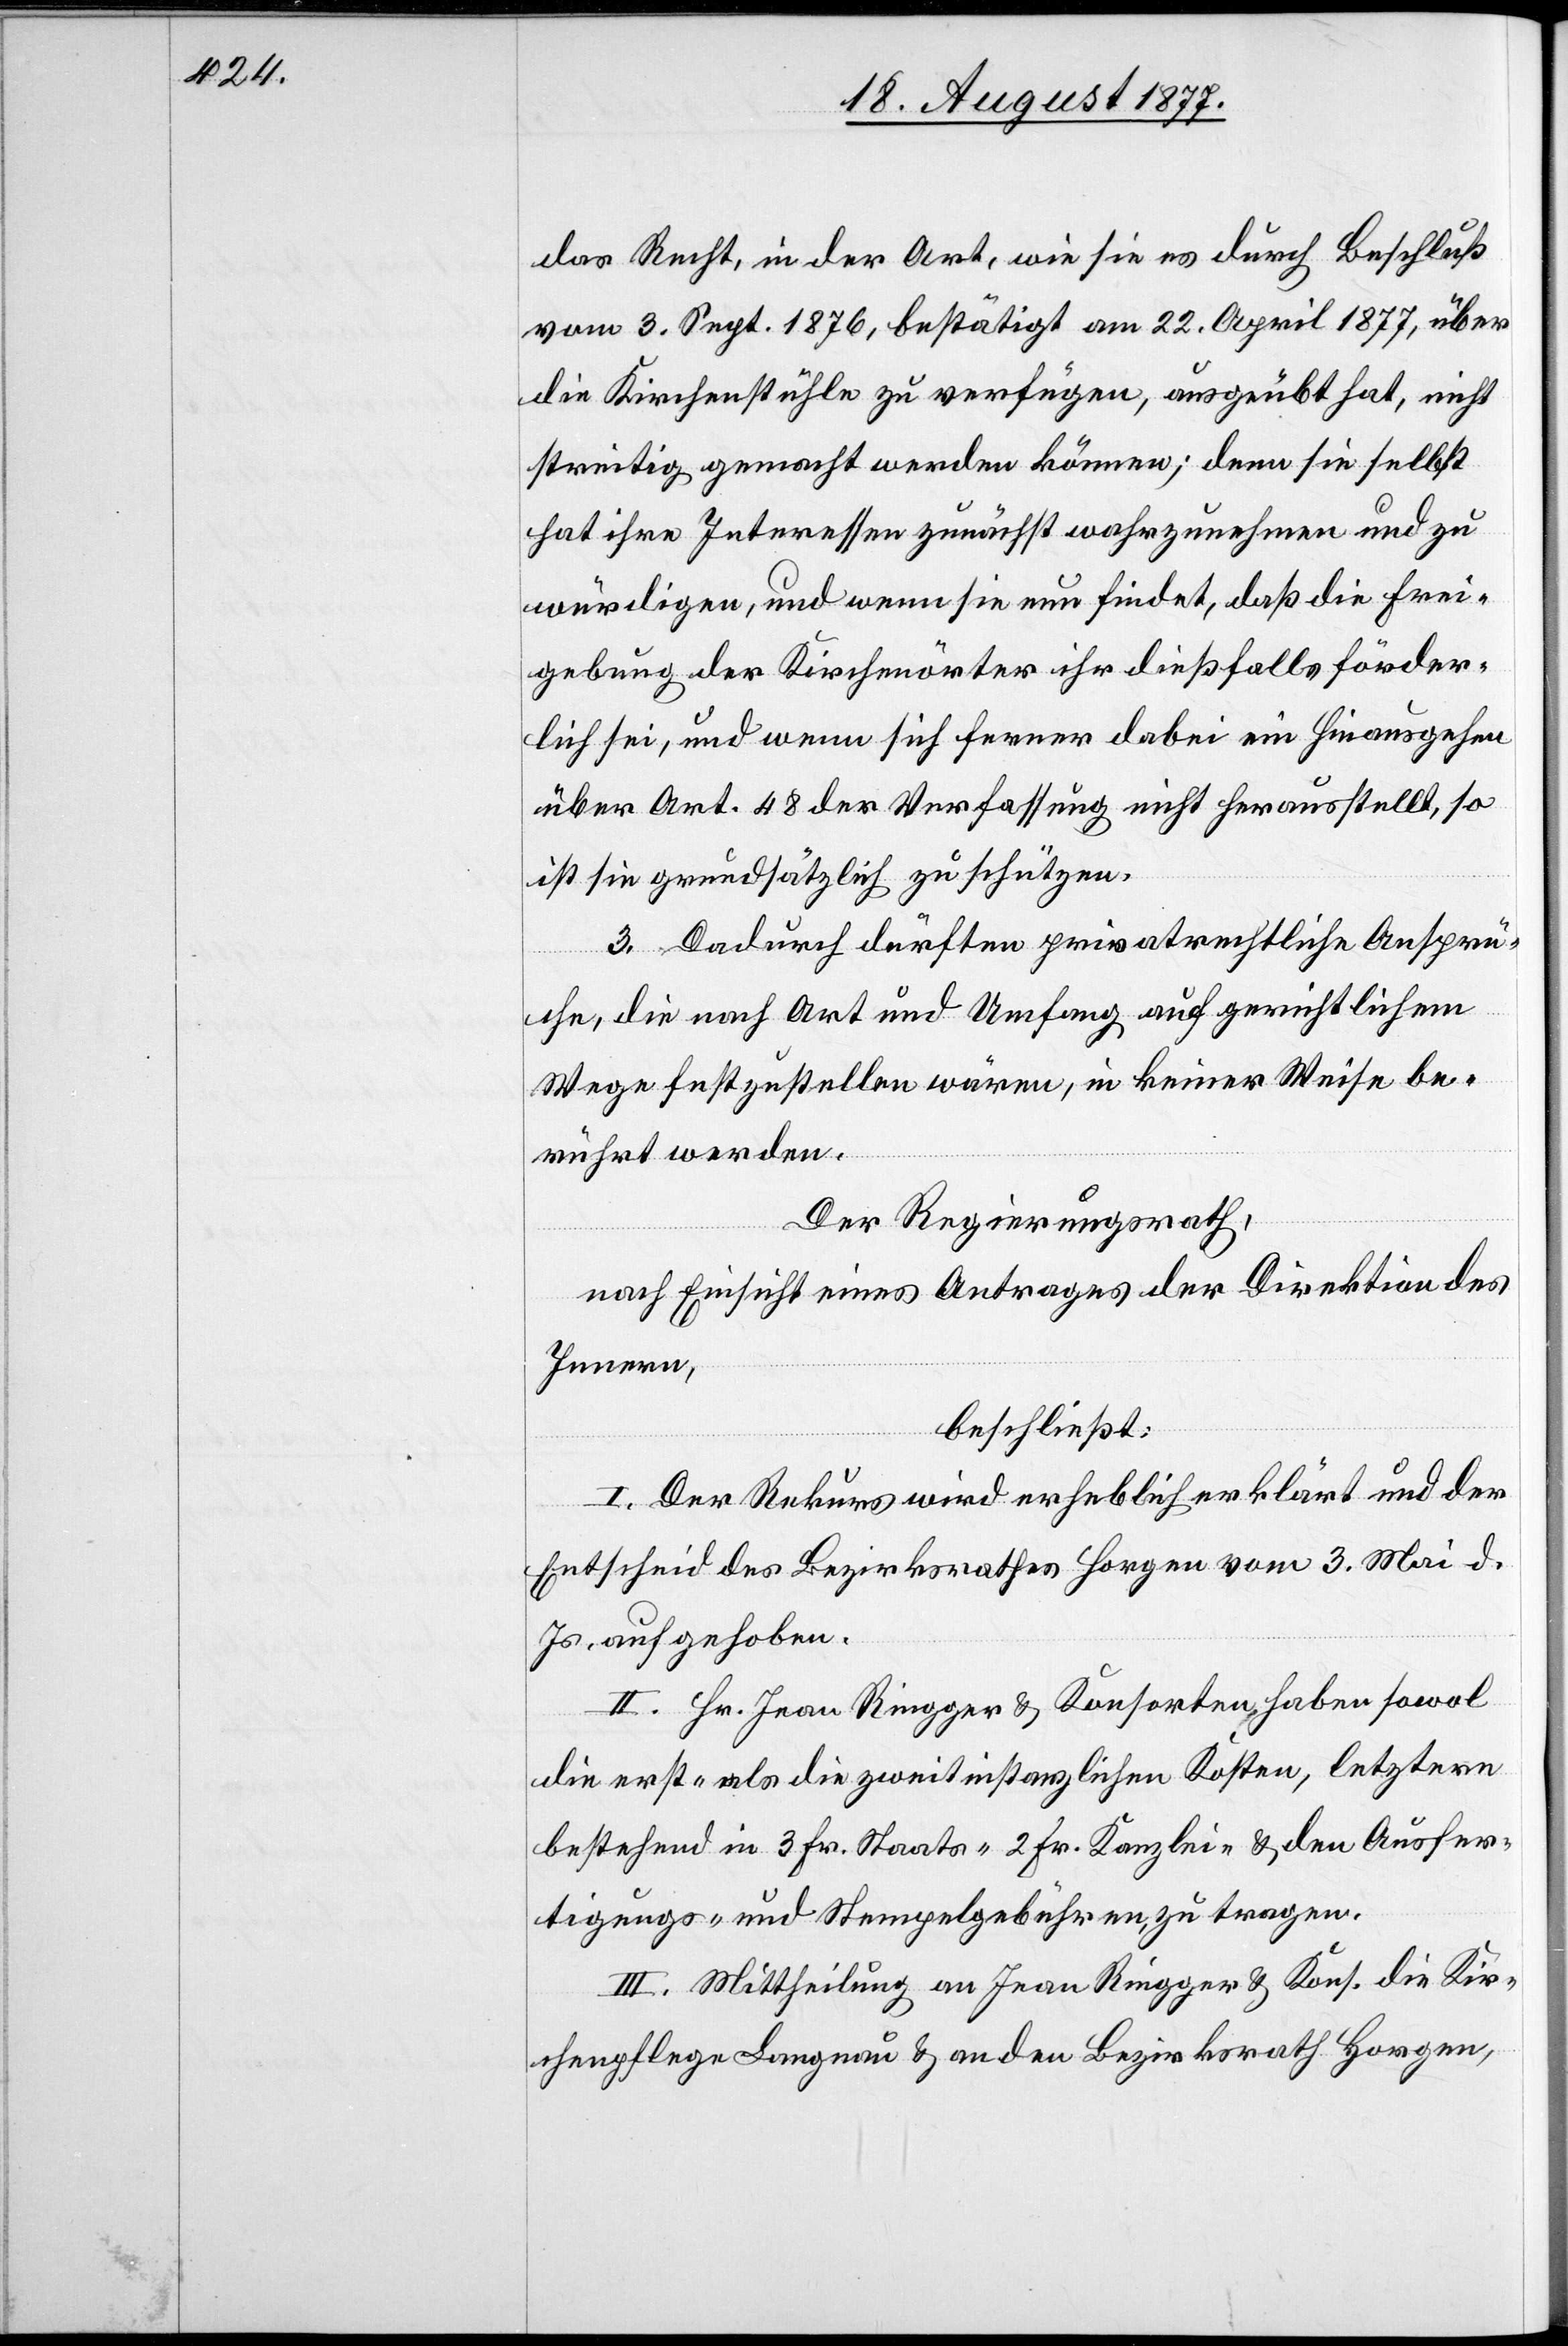
das Recht, in der Art, wie sie es durch Beschluß
vom 3. Sept. 1876, bestätigt am 22. April 1877, über
die Kirchenstühle zu verfügen, ausgeübt hat, nicht
streitig gemacht werden können; denn sie selbst
hat ihre Interessen zunächst wahrzunehmen und zu
würdigen, und wenn sie nun findet, daß die Frei¬
gebung der Kirchenörter ihr dießfalls förder¬
lich sei, und wenn sich ferner dabei ein Hinausgehen
über Art. 48 der Verfassung nicht herausstellt, so
ist sie grundsätzlich zu schützen.
3. Dadurch dürften privatrechtliche Ansprü¬
che, die nach Art und Umfang auf gerichtlichem
Wege festzustellen wären, in keiner Weise be¬
rührt werden.
Der Regierungsrath,
nach Einsicht eines Antrages der Direktion des
Innern,
beschließt:
I. Der Rekurs wird erheblich erklärt und der
Entscheid des Bezirksrathes Horgen vom 3. Mai d.
Js. aufgehoben.
II. Hr. Jean Ringger & Konsorten haben sowol
die erst- als die zweitinstanzlichen Kosten, letztere
bestehend in 3 Fr. Staats-[,] 2 Fr. Kanzlei- & den Ausfer¬
tigungs- und Stempelgebühren, zu tragen.
III. Mittheilung an Jean Ringger & Kons.[,] die Kir¬
chenpflege Langnau & an den Bezirksrath Horgen,